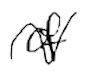
Text: of
Cross-out: wave
Writing tool: digital_black